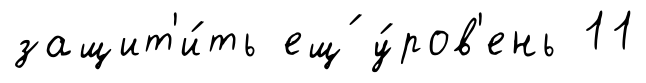
защит'и́ть ещ́ у́ров'ень 11